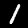
Digit: 1